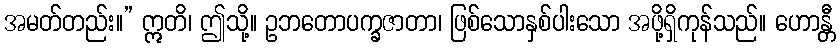
အမတ်တည်း။” ဣတိ၊ ဤသို့။ ဥဘတောပက္ခဇာတာ၊ ဖြစ်သောနှစ်ပါးသော အဖို့ရှိကုန်သည်။ ဟောန္တီ